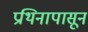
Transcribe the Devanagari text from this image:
प्रथिनापासून